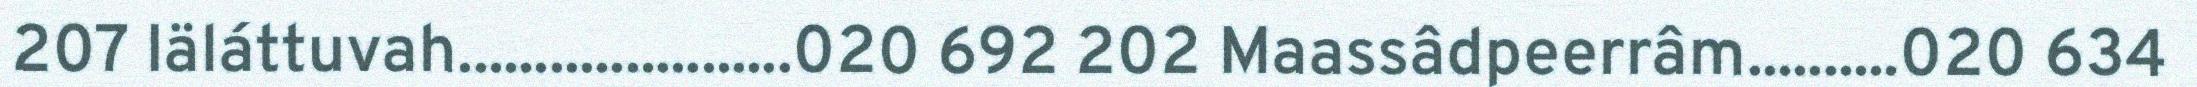
207 Iäláttuvah......................020 692 202 Maassâdpeerrâm..........020 634